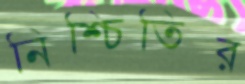
নিশ্চিতির